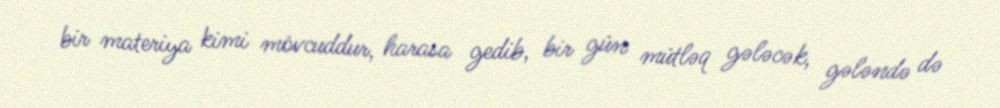
bir materiya kimi mövcuddur, harasa gedib, bir gün mütləq gələcək, gələndə də